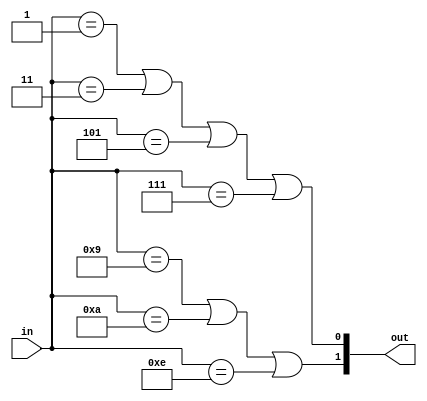
module comb_logic_block (
    input wire [N-1:0] in, // N input variables
    output wire [M-1:0] out // M output variables
);

// Define parameters for the number of input and output variables
parameter N = 4; // Example: 4 input variables
parameter M = 2; // Example: 2 output variables

// Internal wires for intermediate computations
wire a, b, c, d; // For 4 input example
wire f1, f2; // Intermediate outputs

// Define the truth table outputs
assign f1 = (in == 4'b0001) || (in == 4'b0011) || (in == 4'b0101) || (in == 4'b0111); // Example logic expression for output 1
assign f2 = (in == 4'b1001) || (in == 4'b1010) || (in == 4'b1110); // Example logic expression for output 2

// Final output assignments based on minimized logic expressions
assign out[0] = f1; // Output 1
assign out[1] = f2; // Output 2

endmodule